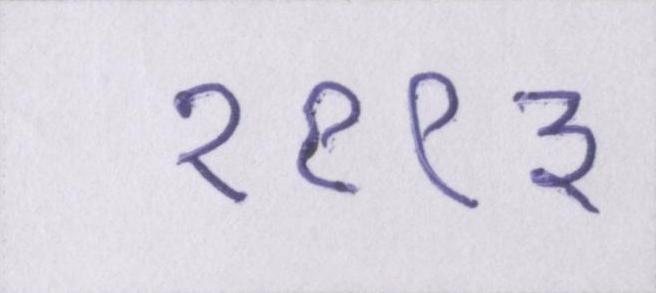
१९९३